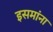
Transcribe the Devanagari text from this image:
इसमांना